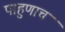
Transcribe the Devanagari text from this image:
पाहुणाच